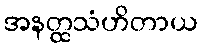
အနတ္ထသံဟိတာယ